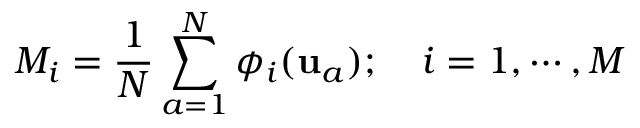
M _ { i } = \frac { 1 } { N } \sum _ { a = 1 } ^ { N } \phi _ { i } ( \mathbf { u } _ { a } ) ; \quad i = 1 , \cdots , M